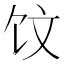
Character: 𲋢